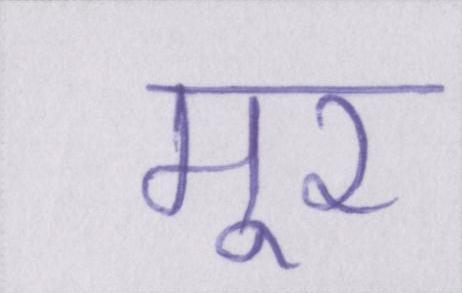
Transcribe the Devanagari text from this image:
मूर